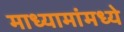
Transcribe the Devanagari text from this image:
माध्यामांमध्ये